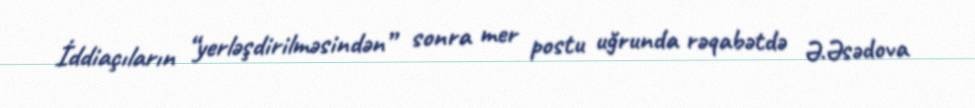
İddiaçıların “yerləşdirilməsindən” sonra mer postu uğrunda rəqabətdə Ə.Əsədova